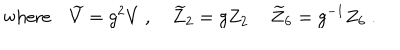
\mathrm { w h e r e } \quad { \widetilde V } = g ^ { 2 } V \ , \quad { \widetilde Z } _ { 2 } = g Z _ { 2 } \, \quad { \widetilde Z } _ { 6 } = g ^ { - 1 } Z _ { 6 } \ .